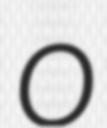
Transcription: O